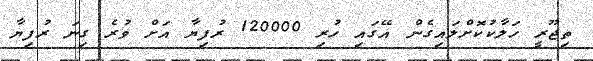
ތިޖޫރީ ހަލާކުކޮށްލައިގެން އޭގައި ހުރި 120000 ރުފިޔާ އަށް ވުރެ ގިނަ ރުފިޔާ